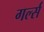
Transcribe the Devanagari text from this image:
गर्ल्‍स